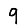
Digit: 9